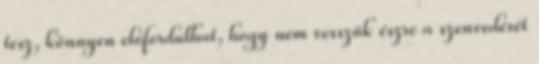
tesz, könnyen előfordulhat, hogy nem vesszük észre a szenvedését